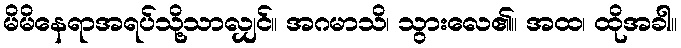
မိမိနေရာအရပ်သို့သာလျှင်။ အဂမာသိ၊ သွားလေ၏။ အထ၊ ထိုအခါ။